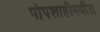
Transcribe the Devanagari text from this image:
पोपशाहीमधील